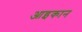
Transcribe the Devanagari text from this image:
आइकान